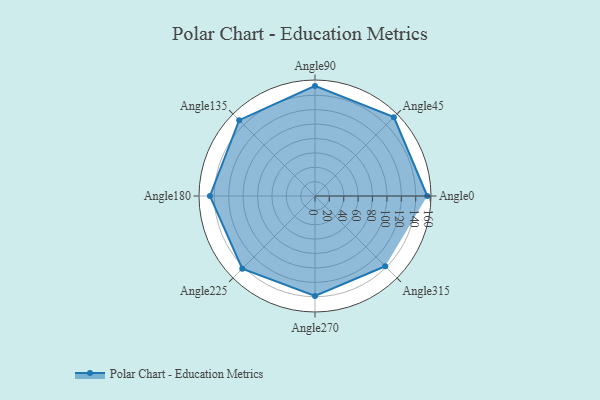
{"axis": {"x": "Angle", "y": "Radius"}, "legend": [""], "data": [{"x": "Angle0", "y": 156.0, "type": ""}, {"x": "Angle45", "y": 155.0, "type": ""}, {"x": "Angle90", "y": 153.0, "type": ""}, {"x": "Angle135", "y": 149.0, "type": ""}, {"x": "Angle180", "y": 146.0, "type": ""}, {"x": "Angle225", "y": 143.0, "type": ""}, {"x": "Angle270", "y": 139.0, "type": ""}, {"x": "Angle315", "y": 138.0, "type": ""}]}